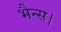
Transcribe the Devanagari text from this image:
भैन्स।